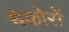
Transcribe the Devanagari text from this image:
चेकोरों